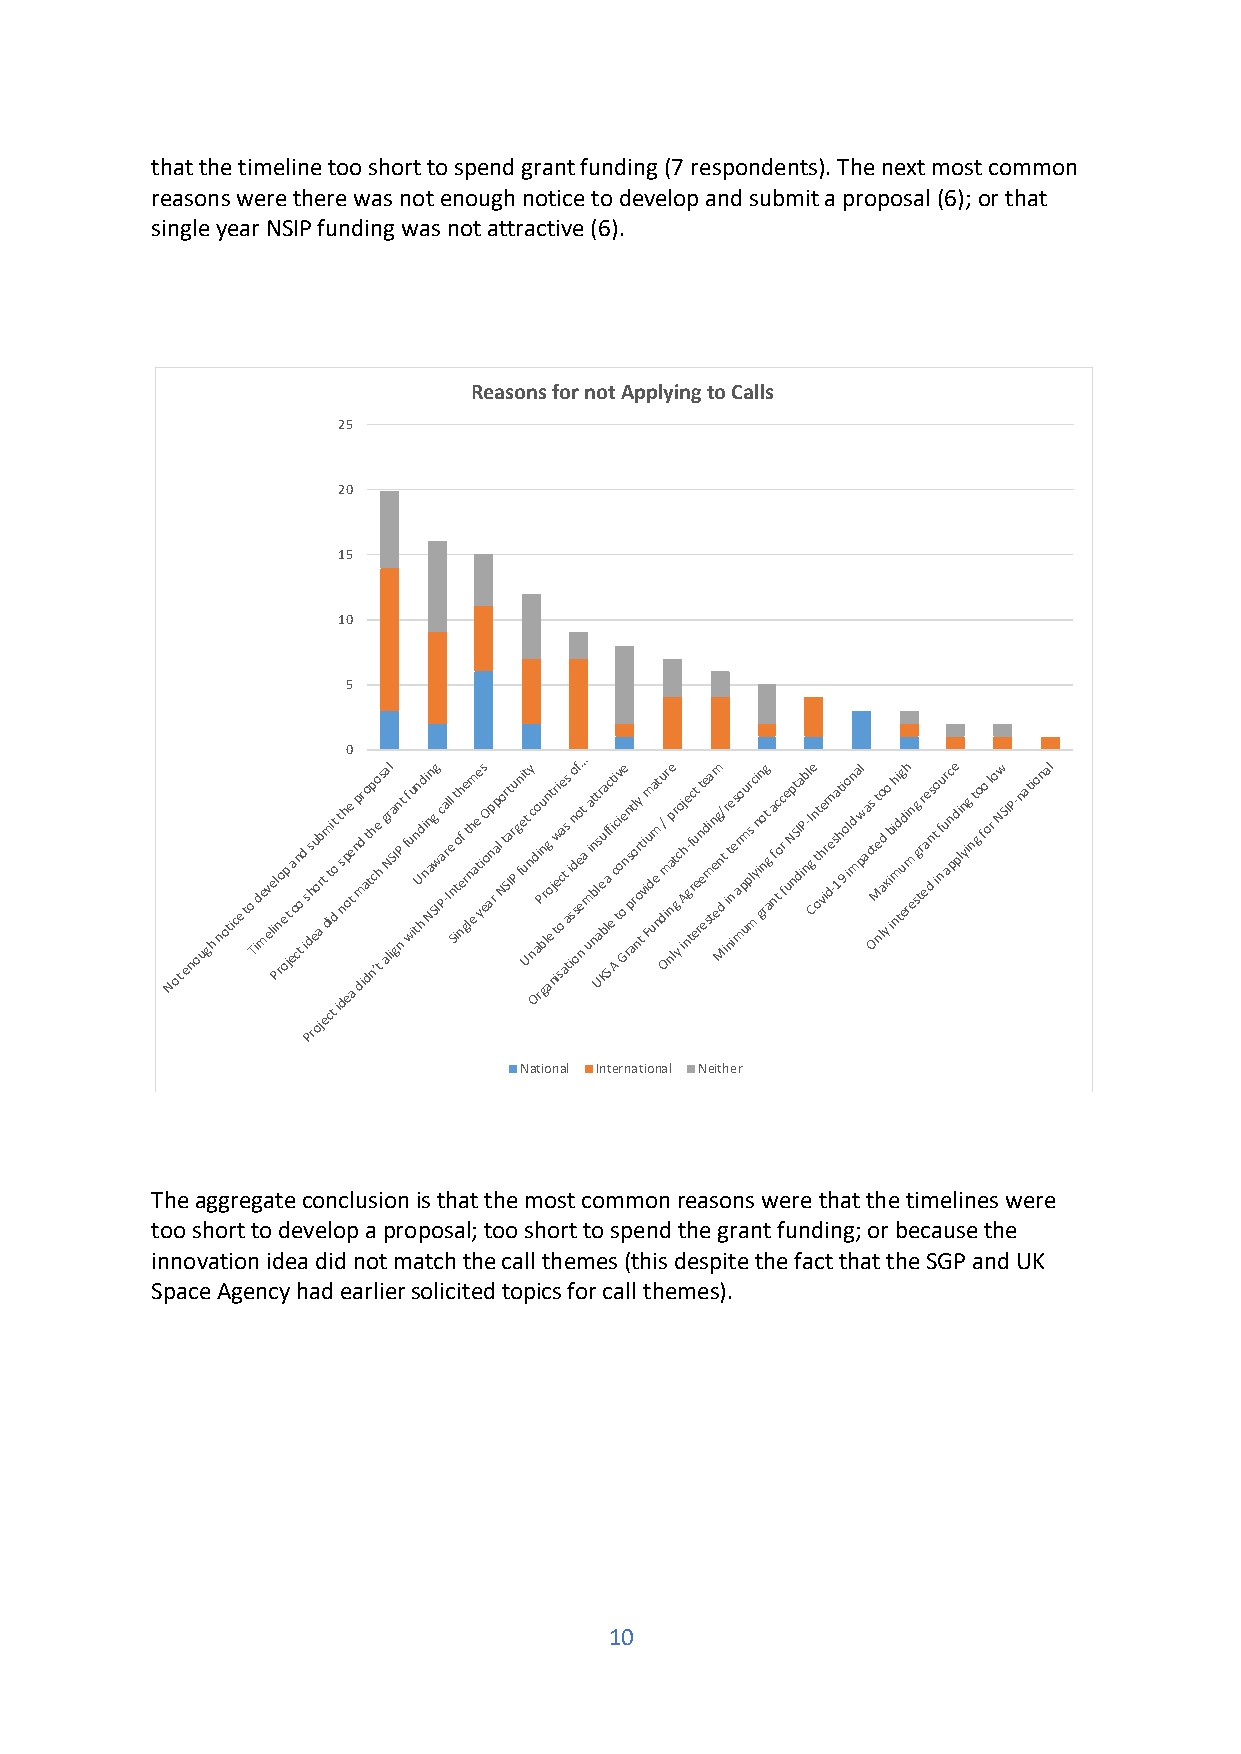
that the timeline too short to spend grant funding (7 respondents). The next most common
 reasons were there was not enough notice to develop and submit a proposal (6); or that
 single year NSIP funding was not attractive (6).
 Reasons for not Applying to Calls
 25
 20
 15
 10
 5
 0
 Not
 enough notice to Tid mev ele i Pl n ro e
 o
 p
 j
 t ea o cn to d i s Pds rh eu o oa jb r t
 e
 dm i cti tdt o
 i
 t s n dh p eoe e t
 a
 np dr d m
 i
 a dto tp nh c ’o e th s g aa lNrl iSa gIn P nt ff wu iu tnn U hd d i ni n Nan g Sg Iwc a P-a r Ill e n Sit to nh f e r ge t ln ehm a e te yis eoO anp r ap l o Ntr St a Iru P gn fi e ut t
 U
 ny nc Od ao i rP bu gn r lg an o e t j ntr iei w socae t ass a
 t
 i isno d osf o e e nt a… umiat b nn lt s a Ur e u Kba lf Sac f e it i Acc tiv o o Gee n rn s p at rl o nry o t t vi i Fum d ua emt n du / Oi mr nnape ltr g y c o ij Ah n- ge tfc rt u ee rt n e ee d sia m tn e egm n d M/ t i r it ne in es aro mp uu m pr s l mc y i in gn o n rg t g a fa ntc o c fr e uNp nt S dIa iPb n-l I g Ce n t ot h ve irr den -sa 1hti 9 o io ln d mal pw aa cs t O t Me nlo ad y xo i ibih nmi d tg ud ei rh mn e sg g trr eae dns ito nf u ur ac n pe d pi ln yig nt g o fo ol r o Nw SIP-national
 National International Neither
 The aggregate conclusion is that the most common reasons were that the timelines were
 too short to develop a proposal; too short to spend the grant funding; or because the
 innovation idea did not match the call themes (this despite the fact that the SGP and UK
 Space Agency had earlier solicited topics for call themes).
 10